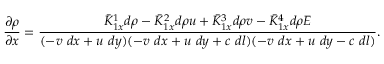
\frac { \partial \rho } { \partial x } = \frac { \bar { K } _ { 1 x } ^ { 1 } d \rho - \bar { K } _ { 1 x } ^ { 2 } d \rho u + \bar { K } _ { 1 x } ^ { 3 } d \rho v - \bar { K } _ { 1 x } ^ { 4 } d \rho E } { ( - v ~ d x + u ~ d y ) ( - v ~ d x + u ~ d y + c ~ d l ) ( - v ~ d x + u ~ d y - c ~ d l ) } .